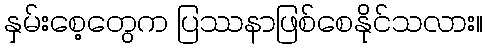
နှမ်းစေ့တွေက ပြဿနာဖြစ်စေနိုင်သလား။